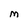
Character: M